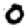
Digit: 0